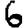
Digit: 6